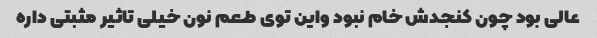
عالی بود چون کنجدش خام نبود واین توی طعم نون خیلی تاثیر مثبتی داره